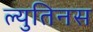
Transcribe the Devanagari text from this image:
ल्युतिनस